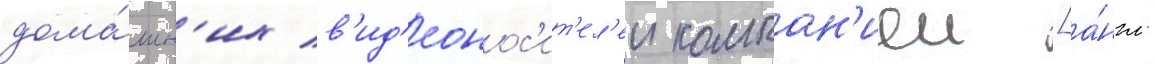
дома́шн'их в'ид'еонос'ит'ел'еи компан'иеи [а́нгл.